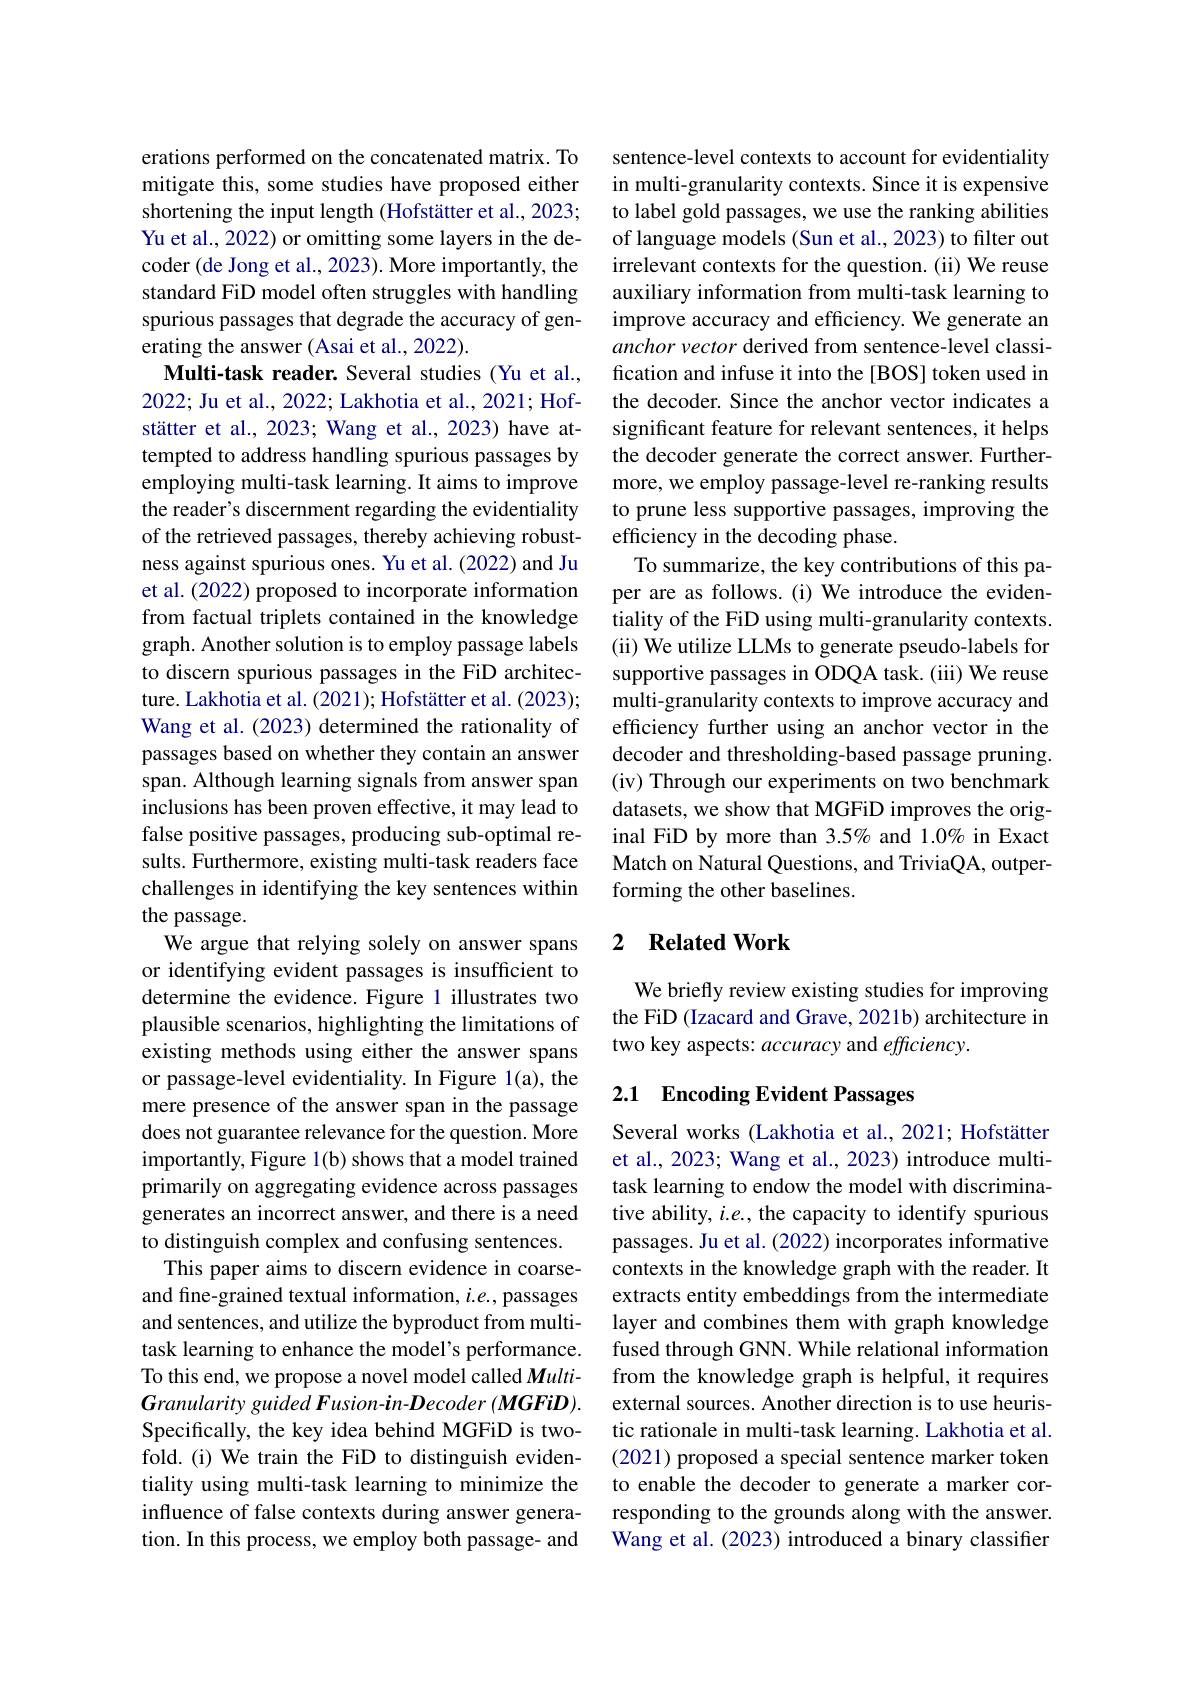
erations performed on the concatenated matrix. To mitigate this, some studies have proposed either shortening the input length (Hofstätter et al., 2023; Yu et al., 2022) or omitting some layers in the decoder (de Jong et al., 2023). More importantly, the standard FiD model often struggles with handling spurious passages that degrade the accuracy of generating the answer (Asai et al., 2022).
Multi-task reader. Several studies (Yu et al., 2022; Ju et al., 2022; Lakhotia et al., 2021; Hofstätter et al., 2023; Wang et al., 2023) have attempted to address handling spurious passages by employing multi-task learning. It aims to improve the reader's discernment regarding the evidentiality of the retrieved passages, thereby achieving robustness against spurious ones. Yu et al. (2022) and Ju et al. (2022) proposed to incorporate information from factual triplets contained in the knowledge graph. Another solution is to employ passage labels to discern spurious passages in the FiD architecture. Lakhotia et al. (2021); Hofstätter et al. (2023); Wang et al. (2023) determined the rationality of passages based on whether they contain an answer span. Although learning signals from answer span inclusions has been proven effective, it may lead to false positive passages, producing sub-optimal results. Furthermore, existing multi-task readers face challenges in identifying the key sentences within the passage.
We argue that relying solely on answer spans or identifying evident passages is insufficient to determine the evidence. Figure 1 illustrates two plausible scenarios, highlighting the limitations of existing methods using either the answer spans or passage-level evidentiality. In Figure 1(a), the mere presence of the answer span in the passage does not guarantee relevance for the question. More importantly, Figure 1(b) shows that a model trained primarily on aggregating evidence across passages generates an incorrect answer, and there is a need to distinguish complex and confusing sentences.
This paper aims to discern evidence in coarseand fine-grained textual information, $i.e.$, passages and sentences, and utilize the byproduct from multitask learning to enhance the model's performance. To this end, we propose a novel model called $Multi-$ Granularity guided Fusion-in-Decoder (MGFiD). Specifically, the key idea behind MGFiD is twofold. (i) We train the FiD to distinguish evidentiality using multi-task learning to minimize the influence of false contexts during answer generation. In this process, we employ both passage- and

sentence-level contexts to account for evidentiality in multi-granularity contexts. Since it is expensive to label gold passages, we use the ranking abilities of language models (Sun et al., 2023) to filter out irrelevant contexts for the question. (ii) We reuse auxiliary information from multi-task learning to improve accuracy and efficiency. We generate an anchor vector derived from sentence-level classification and infuse it into the [BOS] token used in the decoder. Since the anchor vector indicates a significant feature for relevant sentences, it helps the decoder generate the correct answer. Furthermore, we employ passage-level re-ranking results to prune less supportive passages, improving the efficiency in the decoding phase.
To summarize, the key contributions of this paper are as follows.(i) We introduce the evidentiality of the FiD using multi-granularity contexts. (ii) We utilize LLMs to generate pseudo-labels for supportive passages in ODQA task. (iii) We reuse multi-granularity contexts to improve accuracy and efficiency further using an anchor vector in the decoder and thresholding-based passage pruning. (iv) Through our experiments on two benchmark datasets, we show that MGFiD improves the original FiD by more than 3.5% and 1.0% in Exact Match on Natural Questions, and TriviaQA, outperforming the other baselines.

## 2 $\textbf{Related Work}$

We briefly review existing studies for improving the FiD (Izacard and Grave, 2021b) architecture in two key aspects: accuracy and efficiency.

### 2.1 Encoding Evident Passages

Several works (Lakhotia et al., 2021; Hofstätter et al., 2023; Wang et al., 2023) introduce multitask learning to endow the model with discriminative ability, $i.e.$, the capacity to identify spurious passages. Ju et al. (2022) incorporates informative contexts in the knowledge graph with the reader. It extracts entity embeddings from the intermediate layer and combines them with graph knowledge fused through GNN. While relational information from the knowledge graph is helpful, it requires external sources. Another direction is to use heuristic rationale in multi-task learning. Lakhotia et al. (2021) proposed a special sentence marker token to enable the decoder to generate a marker corresponding to the grounds along with the answer. Wang et al. (2023) introduced a binary classifier